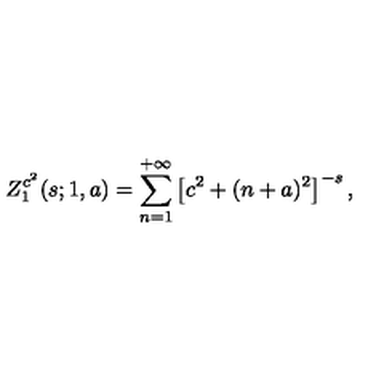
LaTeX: Z _ { 1 } ^ { c ^ { 2 } } ( s ; 1 , a ) = \sum _ { n = 1 } ^ { + \infty } \left[ c ^ { 2 } + ( n + a ) ^ { 2 } \right] ^ { - s } ,